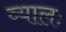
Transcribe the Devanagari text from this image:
व्यालः